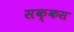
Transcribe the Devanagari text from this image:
सक्कस